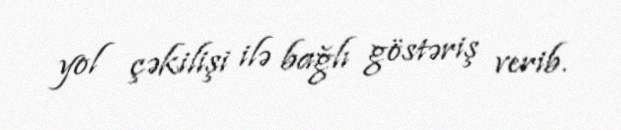
yol çəkilişi ilə bağlı göstəriş verib.